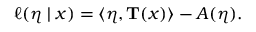
\ell ( { \boldsymbol { \eta } } \mid x ) = \langle { \boldsymbol { \eta } } , \mathbf { T } ( x ) \rangle - A ( { \boldsymbol { \eta } } ) .